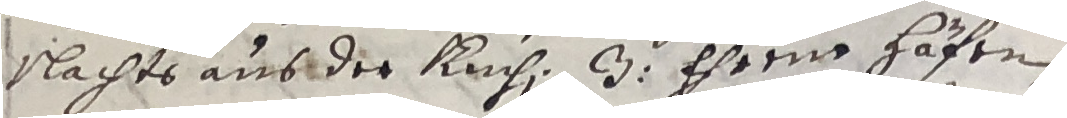
nachts aus der kuch 3 ehrens häften